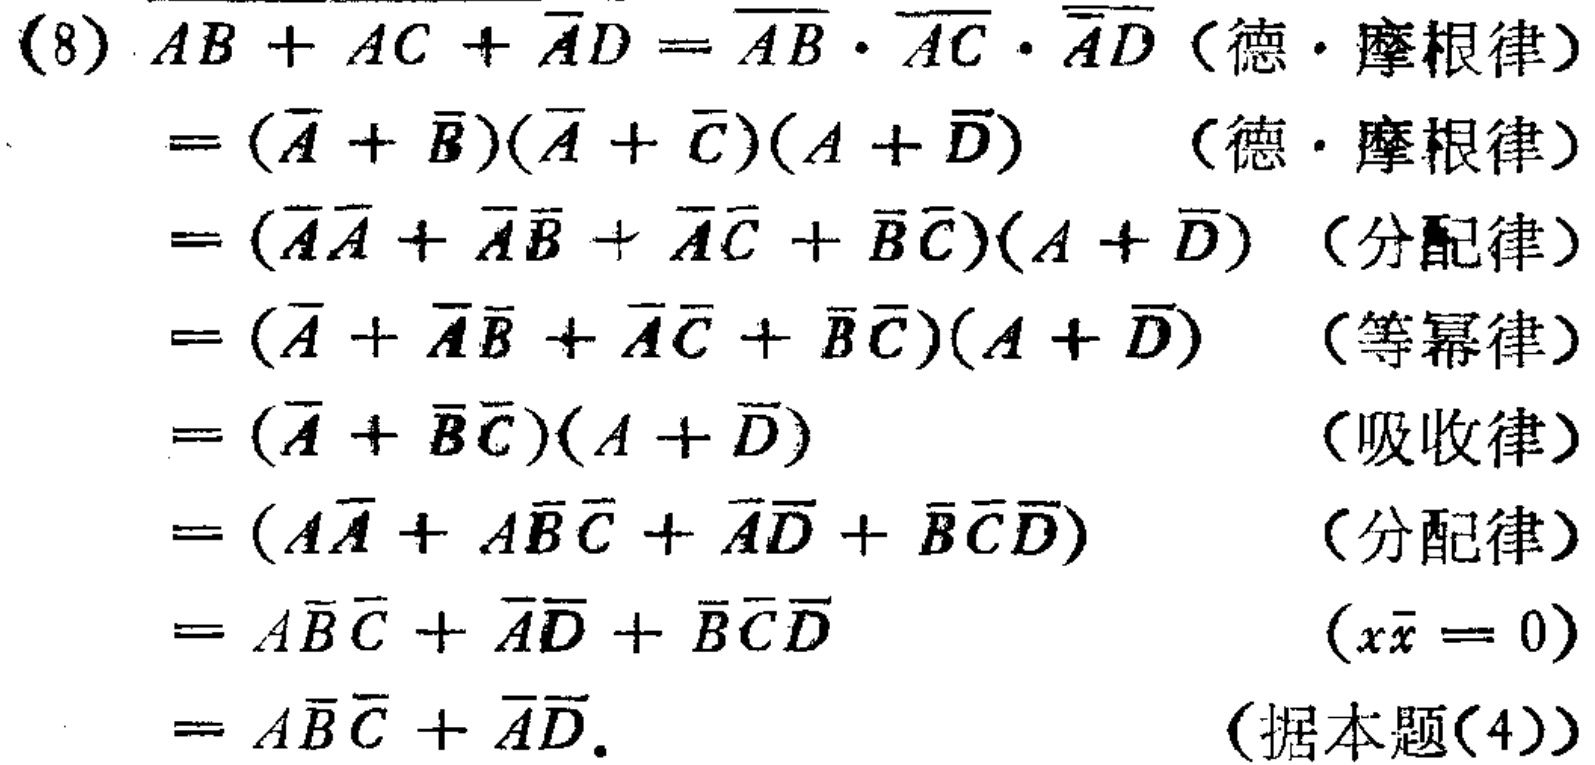
\begin{align*}

&AB + AC + \overline{A}D = \overline{AB} \cdot \overline{AC} \cdot \overline{\overline{A}D} \quad (\text{德·摩根律})\\

&= (\overline{A} + \overline{B})(\overline{A} + \overline{C})(A + \overline{D}) \quad (\text{德·摩根律})\\

&= (\overline{A}\overline{A} + \overline{A}\overline{B} + \overline{A}\overline{C} + \overline{B}\overline{C})(A + \overline{D}) \quad (\text{分配律})\\

&= (\overline{A} + \overline{A}\overline{B} + \overline{A}\overline{C} + \overline{B}\overline{C})(A + \overline{D}) \quad (\text{等幂律})\\

&= (\overline{A} + \overline{B}\overline{C})(A + \overline{D}) \quad (\text{吸收律})\\

&= (A\overline{A} + A\overline{B}\overline{C} + \overline{A}\overline{D} + \overline{B}\overline{C}\overline{D}) \quad (\text{分配律})\\

&= A\overline{B}\overline{C} + \overline{A}\overline{D} + \overline{B}\overline{C}\overline{D} \quad (x\overline{x} = 0)\\

&= A\overline{B}\overline{C} + \overline{A}\overline{D}. \quad (\text{据本题(4)})

\end{align*}